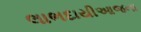
લાભદાયીઆજના